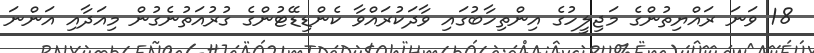
18 ވަނަ ރައްޔިތުންގެ މަޖިލީހުގެ އިންތިހާބުގައި ވާދަކުރައްވާ ކެންޑިޑޭޓުންގެ ގުރުއަތުނެގުން މިއަދާއި އަންނަ